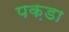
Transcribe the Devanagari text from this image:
पक़डा